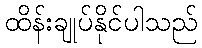
ထိန်းချုပ်နိုင်ပါသည်